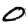
Digit: 0